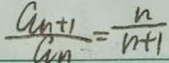
\frac { a _ { n + 1 } } { a _ { n } } = \frac { n } { n + 1 }